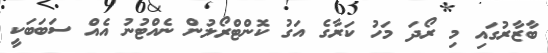
ބާޒާރުގައި މި ރޯދަ މަހު ކަރާގެ އަގު ކޮންޓްރޯލުން ނެއްޓުނު އެއް ސަބަބަކީ